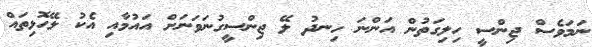
ނަމަވެސް ޖިންސީ ހިލިގަތުން އަންނަ ހިނދު ލޭ ޖިންސީގުނަވަނަށް އައުމާއި އެކު ލޭހޮޅިތައް